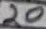
Text: 20